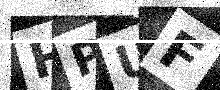
Text: HPUF